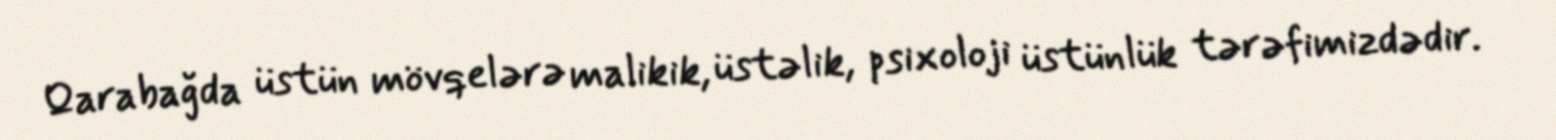
Qarabağda üstün mövqelərə malikik, üstəlik, psixoloji üstünlük tərəfimizdədir.